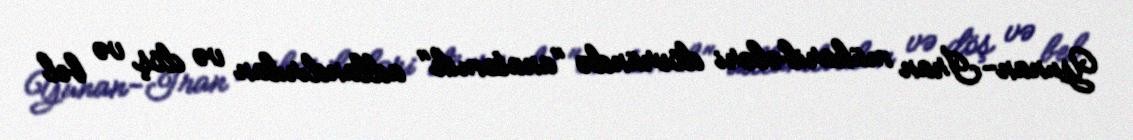
Yunan-İran müharibələri dövründə "anatomik" adlandırılan və döş və bel